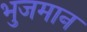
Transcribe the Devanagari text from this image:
भुजमान